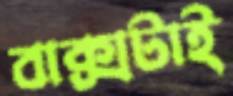
বাক্সটাই